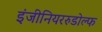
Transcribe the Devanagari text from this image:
इंजीनियररुडोल्फ